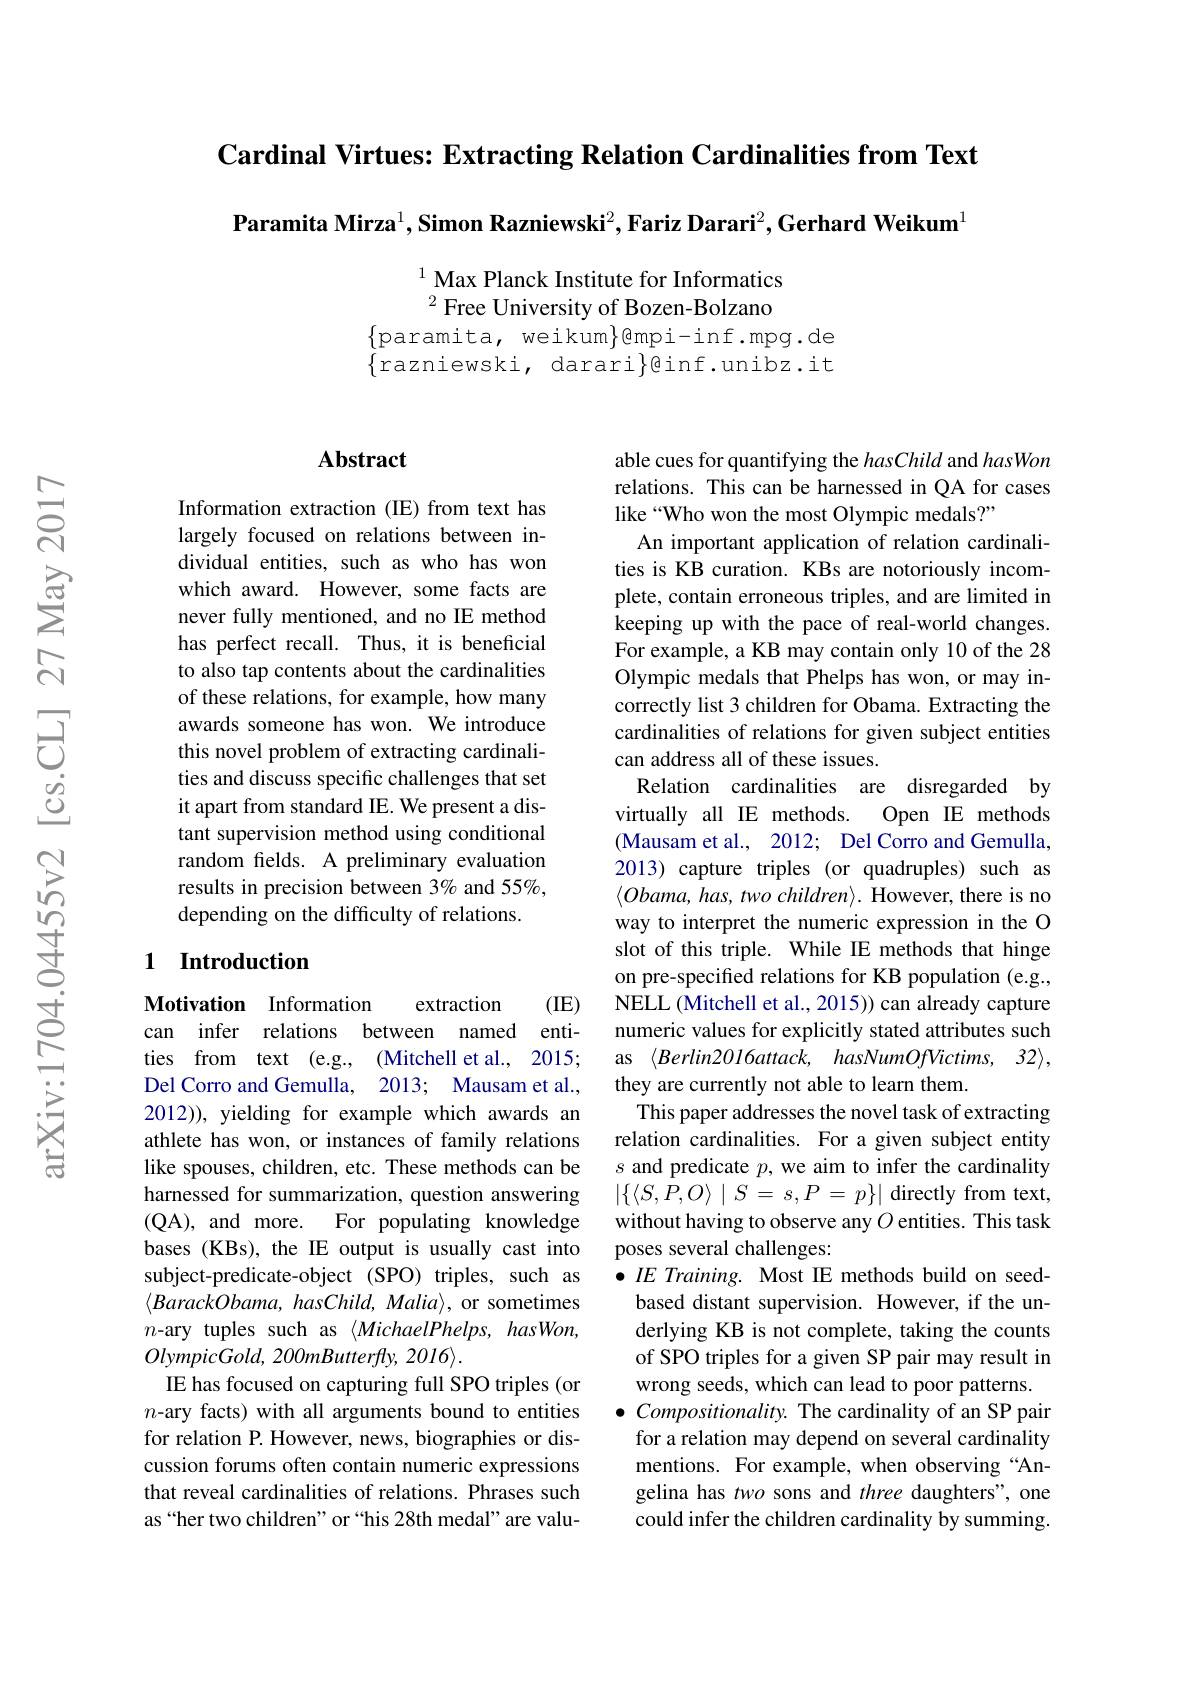
Cardinal Virtues: Extracting Relation Cardinalities from Text

$\textbf{Paramita Mirza}^1,\textbf{Simon Razniewski}^2,\textbf{Fariz Darari}^2,\textbf{Gerhard Weikum}^1$

$^{1}$ Max Planck Institute for Informatics $^{2}$ Free University of Bozen-Bolzano
$\begin{array}{l}{\{\mathrm{paramita,weikum}\}@\mathrm{mpi-inf.mpg.de}}\\{\{\mathrm{razniewski,darari}\}@\mathrm{inf.unibz.it}}\end{array}$

## Abstract

Information extraction (IE) from text has largely focused on relations between individual entities, such as who has won which award. However, some facts are never fully mentioned, and no IE method has perfect recall. Thus, it is beneficial to also tap contents about the cardinalities of these relations, for example, how many awards someone has won. We introduce this novel problem of extracting cardinalities and discuss specific challenges that set it apart from standard IE. We present a distant supervision method using conditional random felds. A preliminary evaluation results in precision between 3% and 55%, depending on the difficulty of relations.

## 1 Introduction

Motivation Information
(IE)
extraction
can infer relations between named entities from text (e.g., (Mitchell et al., 2015; Del Corro and Gemulla, 2013; Mausam et al., 2012)), yielding for example which awards an athlete has won, or instances of family relations like spouses, children, etc. These methods can be harnessed for summarization, question answering (QA), and more. For populating knowledge bases (KBs), the IE output is usually cast into subject-predicate-object (SPO) triples, such as $\langle BarackObama,hasChild,Malia\rangle$, or sometimes $n$-ary tuples such as $\langle MichaelPhelps,hasWon$, OlympicGold, 200mButterfly, 2016/
IE has focused on capturing full SPO triples (or $n$-ary facts) with all arguments bound to entities for relation P. However, news, biographies or discussion forums often contain numeric expressions that reveal cardinalities of relations. Phrases such as“her two children” or“his 28th medal" are valu-

able cues for quantifying the hasChild and hasWon relations. This can be harnessed in QA for cases like “Who won the most Olympic medals?”
An important application of relation cardinalities is KB curation. KBs are notoriously incomplete, contain erroneous triples, and are limited in keeping up with the pace of real-world changes. For example, a KB may contain only 10 of the 28 Olympic medals that Phelps has won, or may incorrectly list 3 children for Obama. Extracting the cardinalities of relations for given subject entities can address all of these issues.
Relation cardinalities are disregarded by
virtually all IE methods.
Open IE methods
(Mausam et al., 2012; Del Corro and Gemulla, 2013) capture triples (or quadruples) such as $\langle Obama, has, two\textit{children}\rangle .$ However, there is no way to interpret the numeric expression in the O slot of this triple. While IE methods that hinge on pre-specifed relations for KB population (e.g., NELL (Mitchell et al., 2015)) can already capture numeric values for explicitly stated attributes such as $\langle Berlin2016attack,hasNumOfVictims,32\rangle$, they are currently not able to learn them.
This paper addresses the novel task of extracting relation cardinalities. For a given subject entity $s$ and predicate $p$, we aim to infer the cardinality $| \{ \langle S, \bar{P} , O\rangle$ | $S=$ $s, P=$ $p\} |$ directly from text, without having to observe any $O$ entities. This task poses several challenges:
$\bullet IE\textit{Training. Most IE methods build on seed- }$ based distant supervision. However, if the underlying KB is not complete, taking the counts of SPO triples for a given SP pair may result in wrong seeds, which can lead to poor patterns.
$\bullet$ Compositionality. The cardinality of an SP pair for a relation may depend on several cardinality mentions. For example, when observing “Angelina has two sons and three daughters", one could infer the children cardinality by summing.